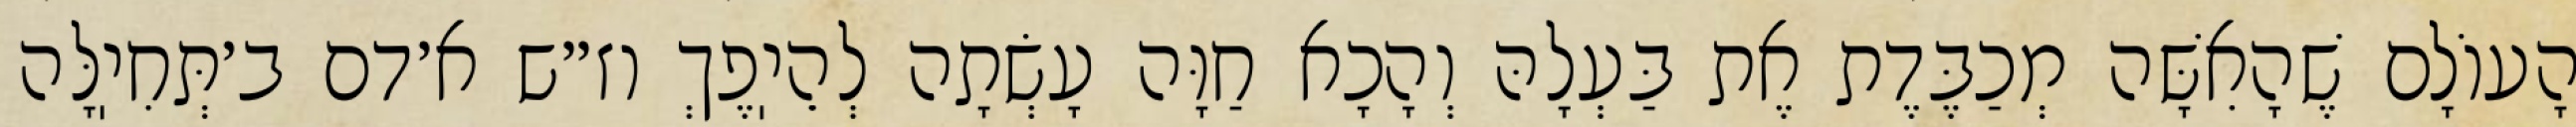
הָעוֹלָם שֶׁהָאִשָּׁה מְכַבֶּדֶת אֶת בַּעְלָהּ וְהָכָא חַוָּה עָשְׂתָה לְהֵיֽפֶךְ וז״ש א׳דם ב׳תְּחִיֽלָּה